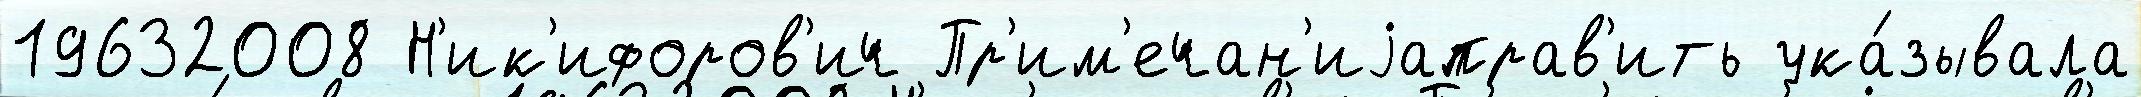
19632008 Н'ик'ифоров'ич Пр'им'ечан'иjаправ'ить ука́зывала